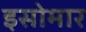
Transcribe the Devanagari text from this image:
इसोमार